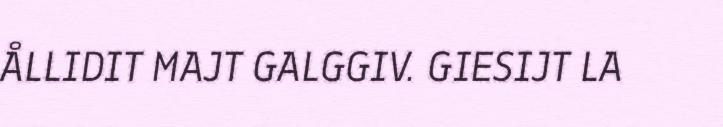
ÅLLIDIT MAJT GALGGIV. GIESIJT LA